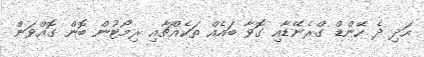
އަދި ދެ ހޭންޑް ގްރެނޭޑާއި ގޮވާ ބައެއް ތަކެއްޗާއި ރިމޯޓުން ބޮން ގޮއްވަން